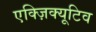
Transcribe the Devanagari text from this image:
एक्ज़िक्यूटिव